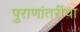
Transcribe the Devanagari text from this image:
पुराणांतरींचा